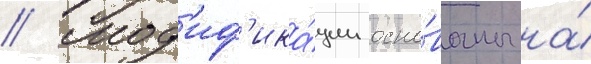
// Мод'иф'ика́ции осно́ваны на́